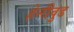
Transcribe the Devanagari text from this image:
हेन्‍रीवुड